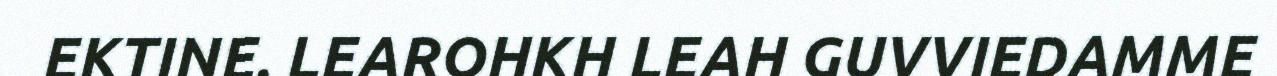
EKTINE. LEAROHKH LEAH GUVVIEDAMME